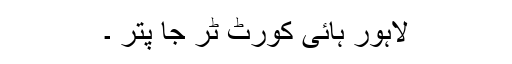
لاہور ہائی کورٹ ٹر جا پّتر ۔